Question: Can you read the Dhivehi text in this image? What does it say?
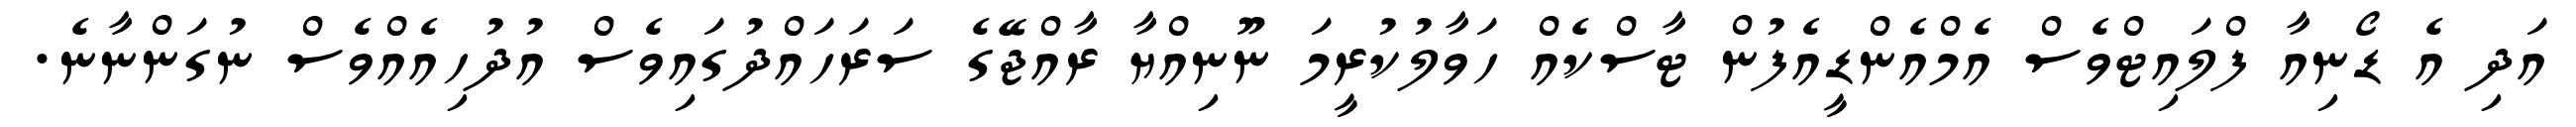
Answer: އަދި އެ ޑޯނިއާ ފްލައިޓްވެސް އެމްއެންޑީއެފުން ޓާސްކެއް ހަވާލުކުރީމަ ނޫނިއްޔާ ރާއްޖޭގެ ސަރަހައްދުގައިވެސް އުދުހިއެއްވެސް ނުގަންނާނެ.